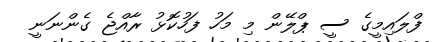
ފްލައިމީގެ ސީ ޕްލޭން މި މަހު ފަހުކޮޅު ރާއްޖެ ގެންނަނީ